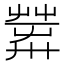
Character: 𦱴